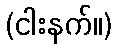
(ငါးနက်။)